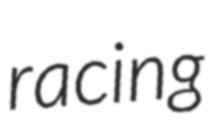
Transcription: racing